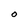
Character: O